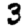
Digit: 3